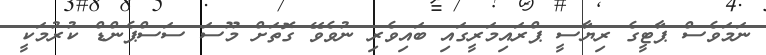
ނަމަވެސް ޕާޓީގެ ރިޔާސީ ޕްރައިމަރީގައި ބައިވެރި ނުވެވޭ ގޮތަށް މޫސަ ސަސްޕެންޑް ކުރުމަކީ